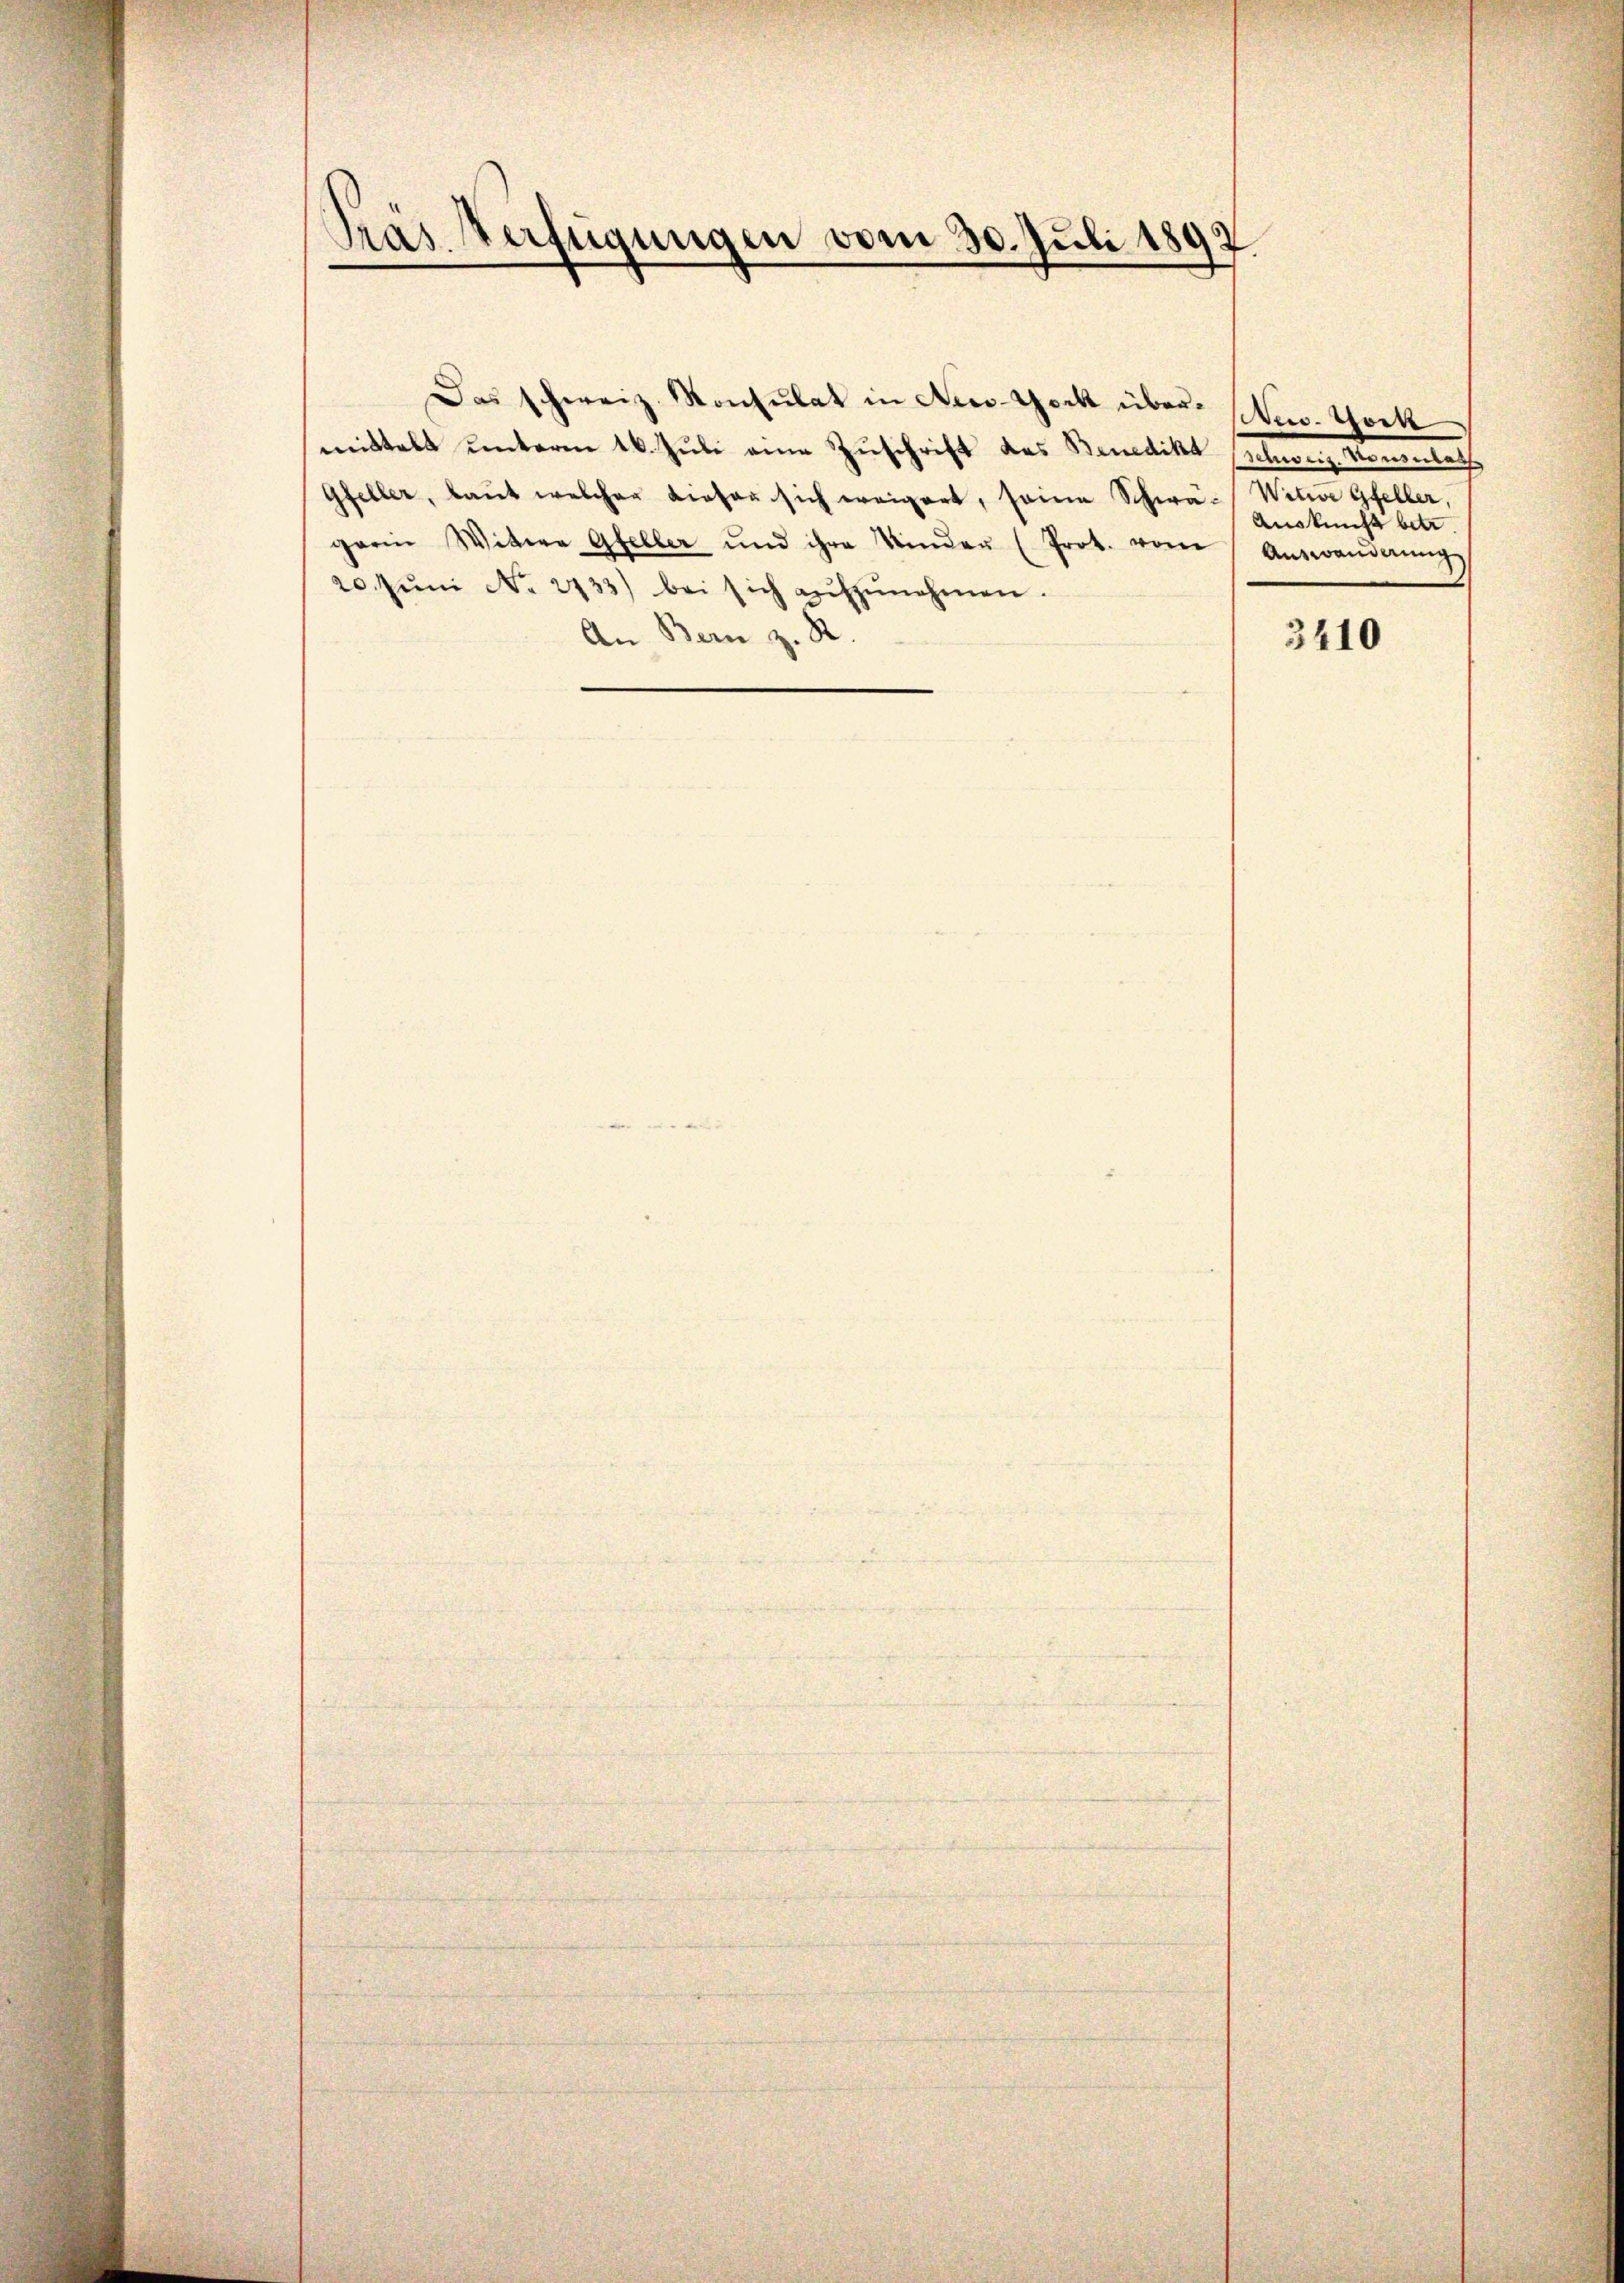
Präs. Verfügungen vom 30. Juli 1897.

Das schweiz. Konsulat in Nico-Yock über New-York
mittelt unterm 16. Juli eine Zuschrift des Benedikt schweiz. Konnleth
Gfeller, laŭt welcher Liefer sich ereigert, seine Schwä- Witwe Gfeller,
garin Wittwe Gfeller und ihre Kinder (Prot. vom Auswanderŭng
20. Jŭni No 2733) bei sich aŭfzŭnehmen.
An Bern z. R.

Auskunft betr.

3410